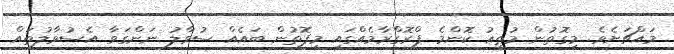
މައްޗަށެވެ. މިގޮތުން މުތީޢު ކޮންމެ ޕްރޮގްރާމެއްގައި މިފޮތުން ބައެއް ސުވާލު ނަންގަވާ އެސުވާލުތައް